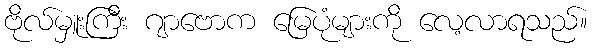
ဗိုလ်မှူးကြီး ဂျာဗောက မြေပုံများကို လေ့လာရသည်။